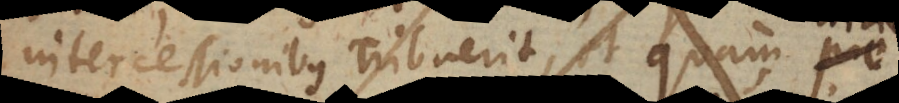
intercessionibus tribuerit, et quam